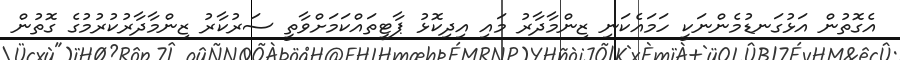
އެގޮތުން އަޅުގަނޑުމެންނަކީ ހަމައެކަނި ޒިންމާދާރު މައި އިދިކޮޅު ޕާޓީތައްކަމަށްވާތީ ސަރުކާރު ޒިންމާދާރުކުރުމުގެ ގޮތުން